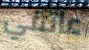
عاتقي